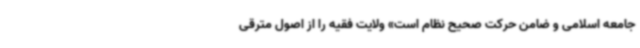
جامعه اسلامی و ضامن حرکت صحیح نظام است» ولایت فقیه را از اصول مترقی